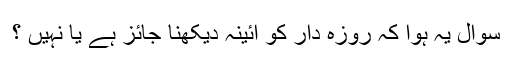
سوال یہ ہوا کہ روزہ دار کو آئینہ دیکھنا جائز ہے یا نہیں ؟